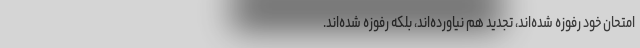
امتحان خود رفوزه شده‌اند، تجدید هم نیاورده‌اند، بلکه رفوزه شده‌اند.